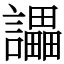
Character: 讄